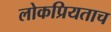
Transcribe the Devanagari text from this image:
लोकप्रियताच